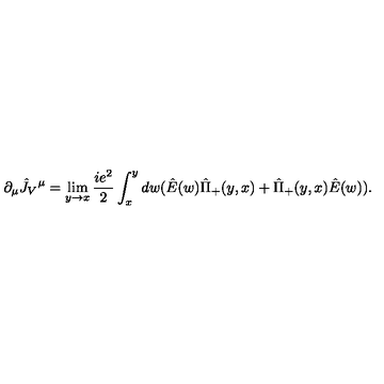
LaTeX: \partial _ { \mu } \hat { J } _ { V } { } ^ { \mu } = \lim _ { y \rightarrow x } { \frac { i e ^ { 2 } } { 2 } } \int _ { x } ^ { y } d w ( \hat { E } ( w ) \hat { \Pi } _ { + } ( y , x ) + \hat { \Pi } _ { + } ( y , x ) \hat { E } ( w ) ) .